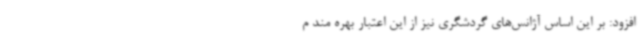
افزود: بر این اساس آژانس‌های گردشگری نیز از این اعتبار بهره مند م